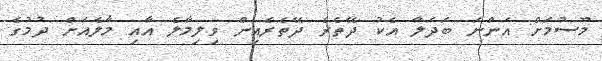
މޫސުމަށް އަންނަ ބަދަލާ އެކު ދޭތެރެ ދޭތެރެއިން ވިލިމާލެ އާއި މާލެއަށް ދުމުގެ